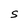
Character: S